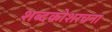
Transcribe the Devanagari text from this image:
शब्दकोशरचना